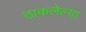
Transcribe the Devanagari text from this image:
ठाकलेल्या